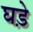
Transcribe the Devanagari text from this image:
घडे़